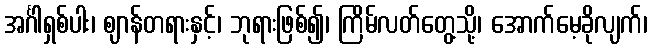
အင်္ဂါရှစ်ပါး၊ ဈာန်တရားနှင့်၊ ဘုရားဖြစ်၍၊ ကြိမ်လတ်တွေ့သို့၊ အောက်မေ့ခိုလျက်၊